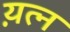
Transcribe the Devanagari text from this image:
य़त्न